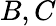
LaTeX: B,C